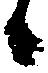
候